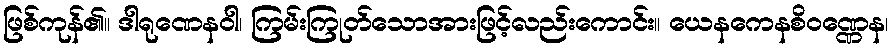
ဖြစ်ကုန်၏။ ဒါရုဏေနဝါ၊ ကြမ်းကြုတ်သောအားဖြင့်လည်းကောင်း။ ယေနကေနစိဝဏ္ဏေန၊